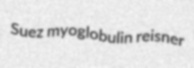
Suez myoglobulin reisner